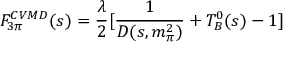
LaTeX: F _ { 3 \pi } ^ { C V M D } ( s ) = \frac { \lambda } { 2 } [ \frac { 1 } { D ( s , m _ { \pi } ^ { 2 } ) } + T _ { B } ^ { 0 } ( s ) - 1 ]